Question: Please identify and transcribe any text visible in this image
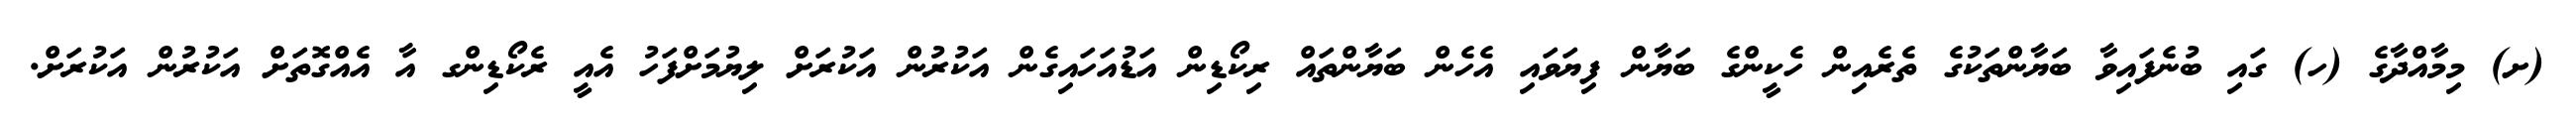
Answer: (ށ) މިމާއްދާގެ (ހ) ގައި ބުނެފައިވާ ބަޔާންތަކުގެ ތެރެއިން ހެކީންގެ ބަޔާން ފިޔަވައި އެހެން ބަޔާންތައް ރިކޯޑިން އަޑުއަހައިގެން އަކުރުން އަކުރަށް ލިޔުމަށްފަހު އެއީ ރެކޯޑިންގ އާ އެއްގޮތަށް އަކުރުން އަކުރަށް.